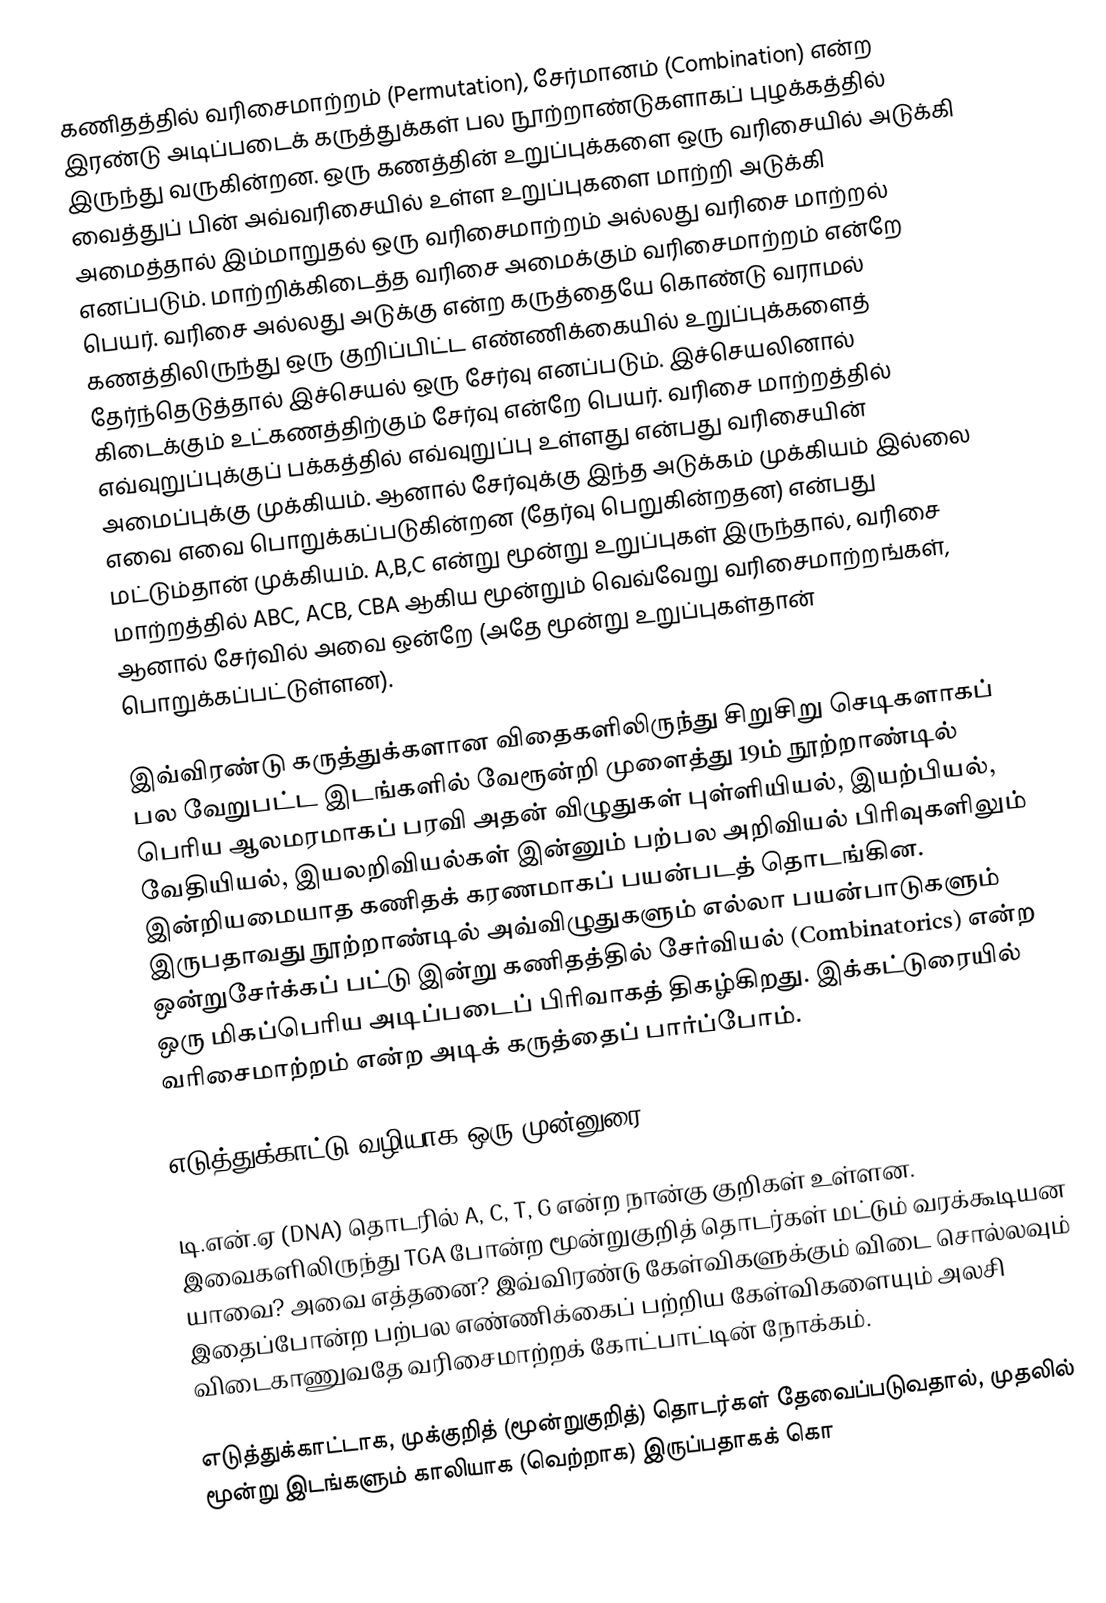
கணிதத்தில் வரிசைமாற்றம் (Permutation), சேர்மானம் (Combination) என்ற இரண்டு அடிப்படைக் கருத்துக்கள் பல நூற்றாண்டுகளாகப் புழக்கத்தில் இருந்து வருகின்றன. ஒரு கணத்தின் உறுப்புக்களை ஒரு வரிசையில் அடுக்கி வைத்துப் பின் அவ்வரிசையில் உள்ள உறுப்புகளை மாற்றி அடுக்கி அமைத்தால் இம்மாறுதல் ஒரு வரிசைமாற்றம் அல்லது வரிசை மாற்றல் எனப்படும். மாற்றிக்கிடைத்த வரிசை அமைக்கும் வரிசைமாற்றம் என்றே பெயர். வரிசை அல்லது அடுக்கு என்ற கருத்தையே கொண்டு வராமல் கணத்திலிருந்து ஒரு குறிப்பிட்ட எண்ணிக்கையில் உறுப்புக்களைத் தேர்ந்தெடுத்தால் இச்செயல் ஒரு சேர்வு எனப்படும். இச்செயலினால் கிடைக்கும் உட்கணத்திற்கும் சேர்வு என்றே பெயர். வரிசை மாற்றத்தில் எவ்வுறுப்புக்குப் பக்கத்தில் எவ்வுறுப்பு உள்ளது என்பது வரிசையின் அமைப்புக்கு முக்கியம். ஆனால் சேர்வுக்கு இந்த அடுக்கம் முக்கியம் இல்லை எவை எவை பொறுக்கப்படுகின்றன (தேர்வு பெறுகின்றதன) என்பது மட்டும்தான் முக்கியம். A,B,C என்று மூன்று உறுப்புகள் இருந்தால், வரிசை மாற்றத்தில் ABC, ACB, CBA ஆகிய மூன்றும் வெவ்வேறு வரிசைமாற்றங்கள், ஆனால் சேர்வில் அவை ஒன்றே (அதே மூன்று உறுப்புகள்தான் பொறுக்கப்பட்டுள்ளன).

இவ்விரண்டு கருத்துக்களான விதைகளிலிருந்து சிறுசிறு செடிகளாகப் பல வேறுபட்ட இடங்களில் வேரூன்றி முளைத்து 19ம் நூற்றாண்டில் பெரிய ஆலமரமாகப் பரவி அதன் விழுதுகள் புள்ளியியல், இயற்பியல், வேதியியல், இயலறிவியல்கள் இன்னும் பற்பல அறிவியல் பிரிவுகளிலும் இன்றியமையாத கணிதக் கரணமாகப் பயன்படத் தொடங்கின. இருபதாவது நூற்றாண்டில் அவ்விழுதுகளும் எல்லா பயன்பாடுகளும் ஒன்றுசேர்க்கப் பட்டு இன்று கணிதத்தில் சேர்வியல் (Combinatorics) என்ற ஒரு மிகப்பெரிய அடிப்படைப் பிரிவாகத் திகழ்கிறது. இக்கட்டுரையில் வரிசைமாற்றம் என்ற அடிக் கருத்தைப் பார்ப்போம்.

எடுத்துக்காட்டு வழியாக ஒரு முன்னுரை

டி.என்.ஏ (DNA) தொடரில் A, C, T, G என்ற நான்கு குறிகள் உள்ளன. இவைகளிலிருந்து TGA போன்ற மூன்றுகுறித் தொடர்கள் மட்டும் வரக்கூடியன யாவை? அவை எத்தனை? இவ்விரண்டு கேள்விகளுக்கும் விடை சொல்லவும் இதைப்போன்ற பற்பல எண்ணிக்கைப் பற்றிய கேள்விகளையும் அலசி விடைகாணுவதே வரிசைமாற்றக் கோட்பாட்டின் நோக்கம்.

எடுத்துக்காட்டாக, முக்குறித் (மூன்றுகுறித்) தொடர்கள் தேவைப்படுவதால், முதலில் மூன்று இடங்களும் காலியாக (வெற்றாக) இருப்பதாகக் கொ